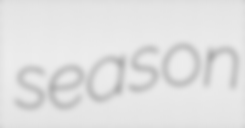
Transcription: season